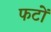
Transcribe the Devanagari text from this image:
फटों